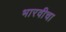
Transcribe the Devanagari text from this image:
भारवीचा